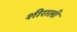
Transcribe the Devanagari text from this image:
शीराली